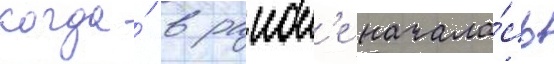
когда́ в раион'е начала́сь